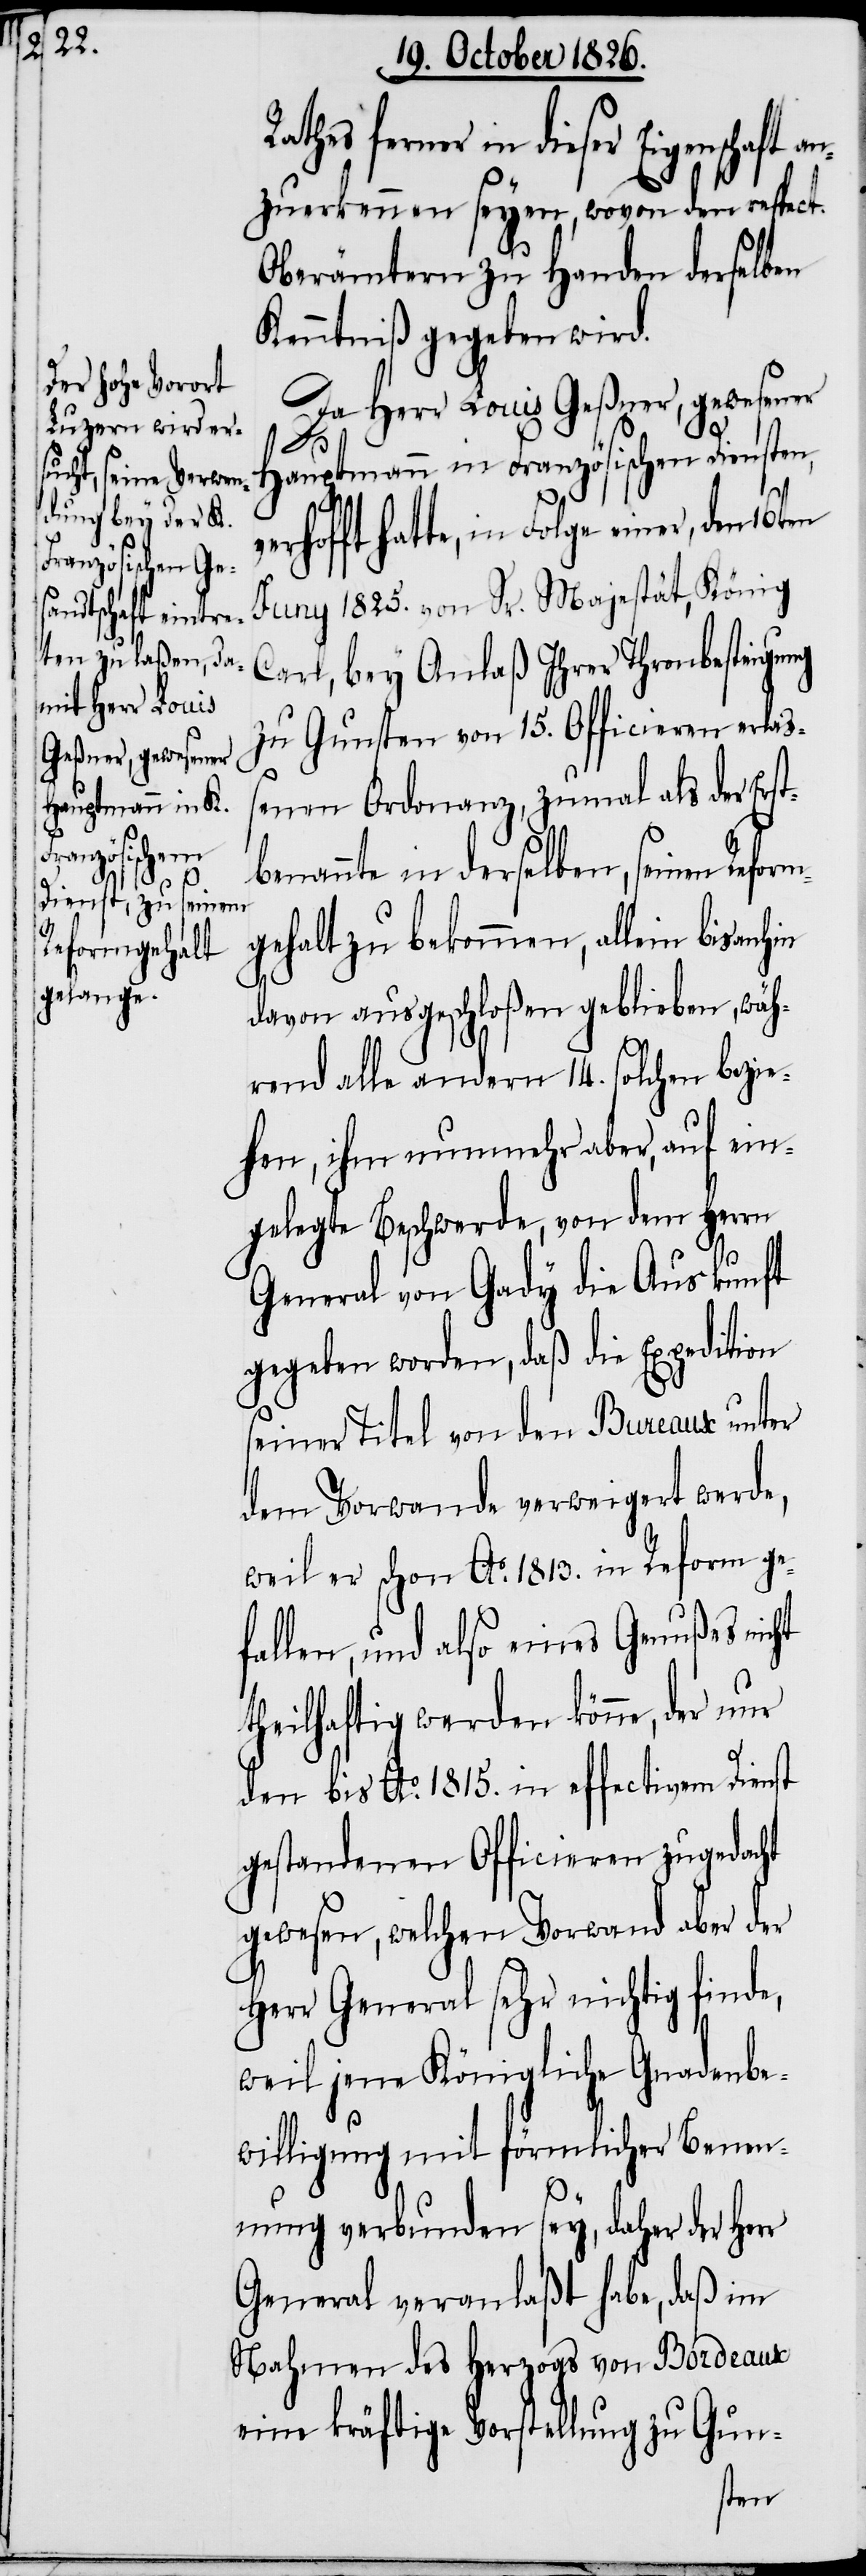
m¬

ferner in dieser Eigenschaft
anzuerkennen seyen, wovon den respect.
Oberämtern zu Handen derselben
Kenntniß gegeben wird.
Da Herr Louis Geßner, gewesener
Hauptmann in Französischen Diensten,
hatte, in Folge einer, den
Juny 1825. von Sr. Majestät, König
Carl, bey Anlaß Ihrer Thronbesteigung
zu Gunsten von 15. Officieren erlaß¬
enen Ordonanz, zumal als der Erst¬
benannte in derselben, seinen Refor¬
gehalt zu bekommen, allein bisanhin
davon ausgeschloßen geblieben, wäh¬
rend alle andern 14. solchen bezie¬
hen, ihm nunmehr aber, auf ein¬
gelegte Beschwerde, von dem Herrn
General von Gady die Auskunft
gegeben worden, daß die Expedition
seiner Titel von den Bureaux unter
dem Vorwande verweigert werde,
weil er schon Ao. 1813. in Reform ge¬
fallen, und also eines Genußes nicht
theilhaft werden könne, der nur
den bis Ao. 1815. in effectivem Dienst
gestandenen Officieren zugedacht
gewesen, welchen Vorwand aber der
Herr General sehr nichtig finde,
weil jene Königliche Gnadenbe¬
willigung mit förmlicher Benen¬
nung verbunden sey, daher der Herr
General veranlaßt habe, daß im
Nahmen des Herzogs von Bordeaux
eine kräftige Vorstellung zu Gun-